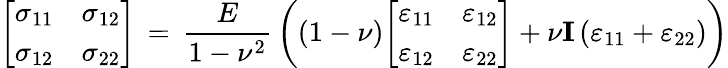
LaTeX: {\left[\begin{array}{ll}{\sigma_{11}}&{\sigma_{12}}\\ {\sigma_{12}}&{\sigma_{22}}\end{array}\right]}\, =\, {\frac{E}{1-\nu^{2}}}\left((1-\nu){\left[\begin{array}{ll}{\varepsilon_{11}}&{\varepsilon_{12}}\\ {\varepsilon_{12}}&{\varepsilon_{22}}\end{array}\right]}+\nu\mathbf{I}\left(\varepsilon_{11}+\varepsilon_{22}\right)\right)